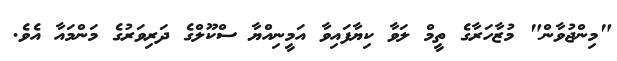
"މިންޖުވާން" މުޒާހަރާގެ ތީމް ލަވާ ކިޔާފައިވާ އަމީނިއްޔާ ސްކޫލްގެ ދަރިވަރުގެ މަންމައާ އެވެ.